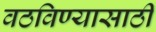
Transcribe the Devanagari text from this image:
वठविण्यासाठी